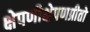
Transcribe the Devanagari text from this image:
क्षेपणीक्षेपणप्रीतो